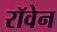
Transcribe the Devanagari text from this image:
रॉवेन